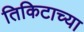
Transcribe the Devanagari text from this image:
तिकिटाच्या